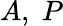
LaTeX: A,\; P